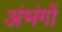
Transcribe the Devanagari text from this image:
अंभंगों